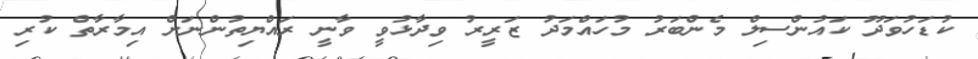
ކުޑަހުވަދޫ ކައުންސިލް މެންބަރު މުހައްމަދު ޒަރީރު ވިދާޅުވީ ވާނީ ރައްޔިތުންނަށް އިމާރާތް ކުރި